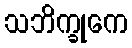
သဘိက္ခုကေ